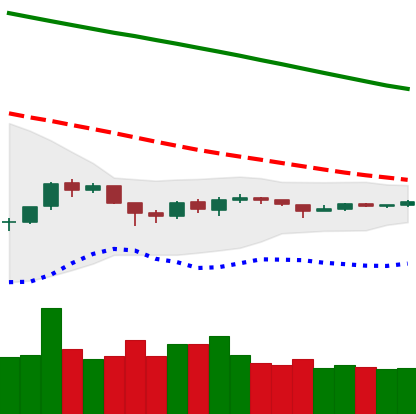
Ticker: ETH-USD
Chart end date: 2018-10-08
Forward return: -12.83%
Label: down_7plus